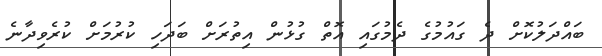
ބައްދަލުކޮށް ދެ ގައުމުގެ ދެމުގައި އޮތް ގުޅުން އިތުރަށް ބަދަހި ކުރުމަށް ކުރެވިދާނެ